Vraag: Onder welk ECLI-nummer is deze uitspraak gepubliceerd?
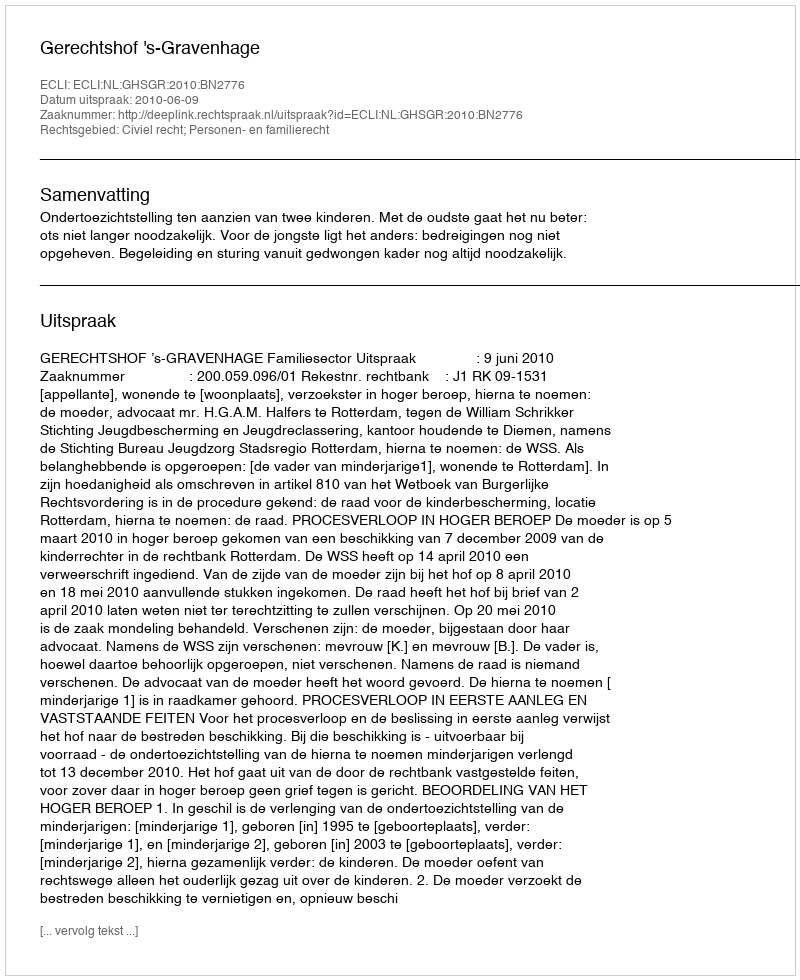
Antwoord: ECLI:NL:GHSGR:2010:BN2776